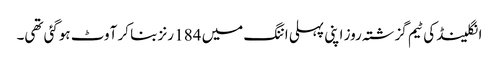
انگلینڈ کی ٹیم گزشتہ روز اپنی پہلی اننگ میں 184 رنز بنا کر آوٹ ہوگئی تھی۔